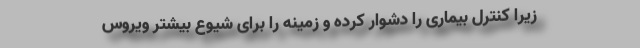
زیرا کنترل بیماری را دشوار کرده و زمینه را برای شیوع بیشتر ویروس